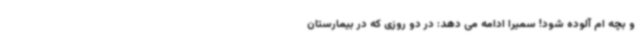
و بچه ام آلوده شود! سمیرا ادامه می دهد: در دو روزی که در بیمارستان